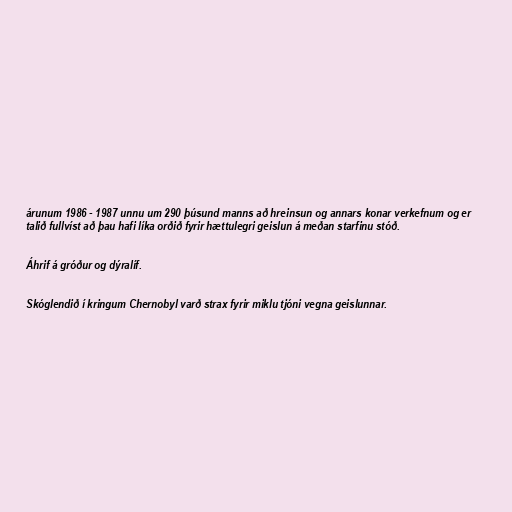
árunum 1986 - 1987 unnu um 290 þúsund manns að hreinsun og annars konar verkefnum og er
talið fullvíst að þau hafi líka orðið fyrir hættulegri geislun á meðan starfinu stóð.

Áhrif á gróður og dýralíf.

Skóglendið í kringum Chernobyl varð strax fyrir miklu tjóni vegna geislunnar.